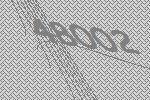
48002